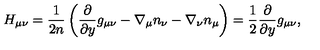
H _ { \mu \nu } = \frac 1 { 2 n } \left( \frac { \partial } { \partial y } g _ { \mu \nu } - \nabla _ { \mu } n _ { \nu } - \nabla _ { \nu } n _ { \mu } \right) = \frac 1 2 \frac { \partial } { \partial y } g _ { \mu \nu } ,